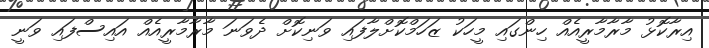
އިރާކޮޅު މާރާމާރީއެއް ހިންގައި މީހަކު ޒަހަމްކޮށްލާފައި ވަނިކޮށް ދެވަނަ މާރާމާރީއެއް އައިސްފައި ވަނީ